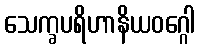
သေက္ခပရိဟာနိယဝဂ္ဂေါ